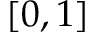
[ 0 , 1 ]